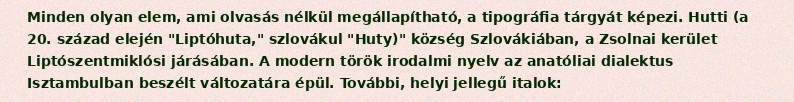
Minden olyan elem, ami olvasás nélkül megállapítható, a tipográfia tárgyát képezi. Hutti (a 20. század elején "Liptóhuta," szlovákul "Huty)" község Szlovákiában, a Zsolnai kerület Liptószentmiklósi járásában. A modern török irodalmi nyelv az anatóliai dialektus Isztambulban beszélt változatára épül. További, helyi jellegű italok: